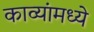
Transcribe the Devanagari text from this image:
काव्यांमध्ये